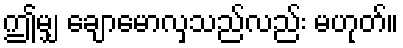
ဤမျှ ချောမောလှသည်လည်း မဟုတ်။